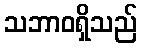
သဘာဝရှိသည်